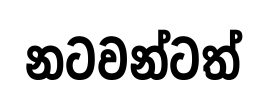
නටවන්ටත්